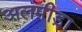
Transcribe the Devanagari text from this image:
अलमीड़ा